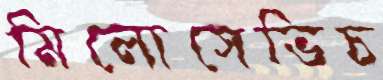
মিলোসেভিচ